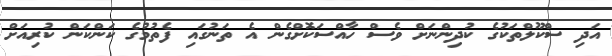
އަދި ސްކޫލްތަކުގެ ކުދިންނަށް ވެސް ހާއްސަކޮށްގެން އެ ތަނުގައި ފެތުމުގެ ކަންކަން ކުރިއަށް